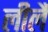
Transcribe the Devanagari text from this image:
लीलै